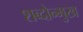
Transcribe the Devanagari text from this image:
शब्दोन्मुख